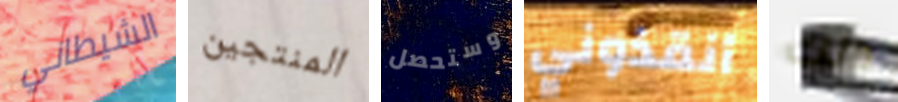
الشيطاني المنتجين وستحصل أنقذوني ذلك